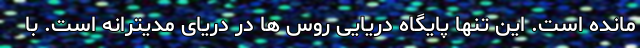
مانده است. این تنها پایگاه دریایی روس ها در دریای مدیترانه است. با